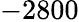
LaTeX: -2800